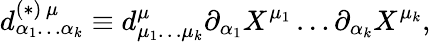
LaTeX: d_{\alpha_{1}\ldots\alpha_{k}}^{(\ast)\, \mu}\equiv d_{\mu_{1}\ldots\mu_{k}}^{\mu}\partial_{\alpha_{1}}X^{\mu_{1}}\ldots\partial_{\alpha_{k}}X^{\mu_{k}},